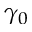
\gamma _ { 0 }